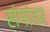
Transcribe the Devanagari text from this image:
संमांतर